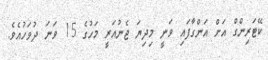
ކޭޓަރިންގް އަށް އަންގާފައި ވަނީ މިދިޔަ ޖެނުއަރީ މަހުގެ 15 ވަނަ ދުވަހުއެވެ.